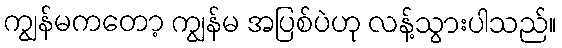
ကျွန်မကတော့ ကျွန်မ အပြစ်ပဲဟု လန့်သွားပါသည်။